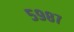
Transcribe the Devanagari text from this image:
५९८७